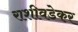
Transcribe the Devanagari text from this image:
राशीवडेकर